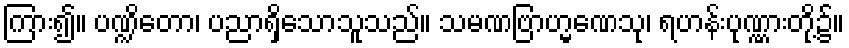
ကြား၍။ ပဏ္ဍိတော၊ ပညာရှိသောသူသည်။ သမဏဗြာဟ္မဏေသု၊ ရဟန်းပုဏ္ဏားတို့၌။